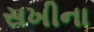
સખીના